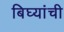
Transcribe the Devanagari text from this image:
बिघ्यांची